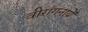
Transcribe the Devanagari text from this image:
वीरांगनायें